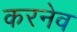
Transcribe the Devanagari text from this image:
करनेव